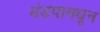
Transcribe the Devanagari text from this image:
मंडपामधून